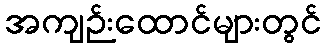
အကျဉ်းထောင်များတွင်